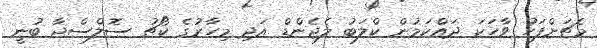
މެޗަށްފަހު ވާހަކަ ދައްކަމުން ކްލަބު ލެޖެންޑް އަދި މިހާރުގެ ކޯޗު ސޮލްސްޖާ ބުނީ